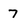
Character: 7